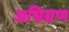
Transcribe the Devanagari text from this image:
अधिग्रण